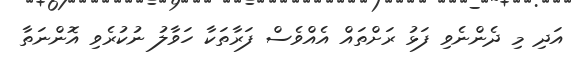
އަދި މި ދެންނެވި ފަޅު ރަށްތައް އެއްވެސް ފަރާތަކާ ހަވާލު ނުކުރެވި އޮންނަތާ